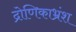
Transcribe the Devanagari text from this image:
द्रोणिकाभ्रंश